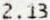
2.13